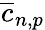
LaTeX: \overline{{c}}_{n,p}